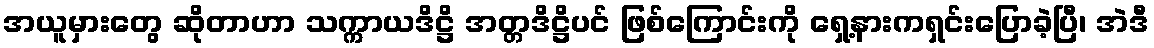
အယူမှားတွေ ဆိုတာဟာ သက္ကာယဒိဋ္ဌိ အတ္တဒိဋ္ဌိပင် ဖြစ်ကြောင်းကို ရှေ့နားကရှင်းပြောခဲ့ပြီ၊ အဲဒီ